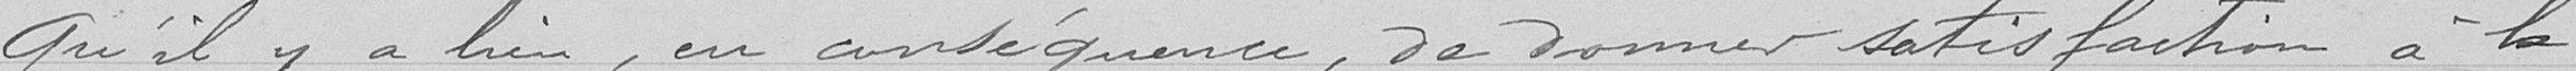
Qu'il y a lieu, en conséquence, de donner satisfaction à la